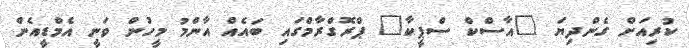
ކުރިއަށް ގެންދިޔަ "އާސްކް ސްޕީކާ" ޕްރޮގްރާމްގައި ބައެއް އާންމު މީހުން ވަނީ އެމްޑީއެން